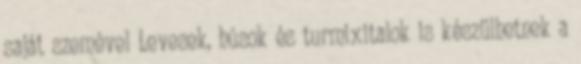
saját szemével Levesek, húsok és turmixitalok is készülhetnek a